Scottish Leaving Certificate Examination, 1956
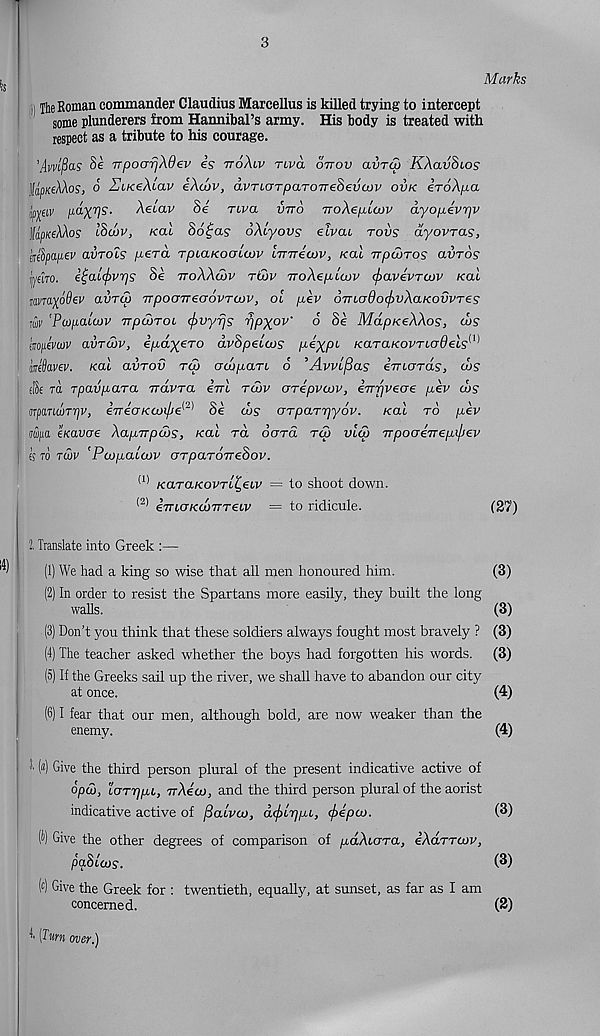
3
Marks
The Roman commander Claudius Marcellus is killed trying to intercept
some plunderers from Hannibal’s army. His body is treated with
respect as a tribute to his courage.
'Avvlfas Se vpoarjXdev is ttoAlv nva ovov aiirw KXavSios
JfamceAAoS’, o ZiKeXiav iXaiv, avncrTpaTOTTeSevcov ovk iroXpa
j'ppv pa-XV 5 - Xecav Se two. vtto rroXepLcov ayopevr]v
Jfdp/reAAo? l8u>v, koA S6£as oXtyovs elvai tovs ayovras,
lirsSpapev amols pera TpiaKocnwv Imricov, /cat Trpwros clvtos
I fern. £t;ai(f>vr)s Se ttoXXwv tGv TToXepiajv (jiavivTCov /cat
imaxodev avrai TrpooTreoovrojv, ot pkv oTruydo^vXaKovvTes
TW 'PaipaLOJV TTpcoTOi. (f>vyrjs rjpxov' 6 Se MdpKeXXos, cos
i mpevcov avrcov, e^a^ero dvSpeicos pexP 1, KaraKovTicrdeis 1 '^
mSavev. Kai aiirov tlA odipan 6 ’Avvlfias iTnords, cos
I ei’Se rd Tpavpara irdvra iirl tcov crTepvajv, iTrrjveoe pev d>s
UTpancjTrjVj eTrecrKcoi/je^ 1 Oe cos Grparr^yov. /cat to pev
I ddifia eKavoe Xapirpcos, /cat rd oara rai vla> TrpocreTrepiliev
ts to tcov 'Pcopabcov orpaTOTrehov.
(I) K(tTO.KOVTL^€bV = to shoot down.
(2) eTTtcr/cd/TTTetv = to ridicule.
(27)
2, Translate into Greek :—
(1) We had a king so wise that all men honoured him.
(3)
(2) In order to resist the Spartans more easily, they built the long
walls.
(3)
(3) Don’t you think that these soldiers always fought most bravely ? (3)
(4) The teacher asked whether the boys had forgotten his words. (3)
(5) If the Greeks sail up the river, we shall have to abandon our city
at once.
(4)
(6) I fear that our men, although bold, are now weaker than the
enemy.
(4)
!• («) Give the third person plural of the present indicative active of
6pd>, lorrjpL, TrXeco, and the third person plural of the aorist
indicative active of fiawu), dcj>LrjpL, cfrepco.
(3)
(i) Give the other degrees of comparison of paXiora, iXarrcov,
pa?) loos.
(3)
( c ) Give the Greek for : twentieth, equally, at sunset, as far as I am
concerned.
(2)
A [Turn over.)